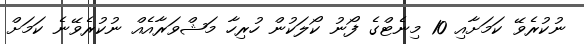
ނުކުރެވޭ ކަމަށާއި 10 މިނެޓްގެ ފޯނު ކޯލަކުން ހުރިހާ މަޝްވަރާއެއް ނުކުރެވޭނެ ކަމަށް